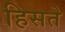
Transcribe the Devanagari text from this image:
हिसते